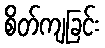
စိတ်ကျခြင်း